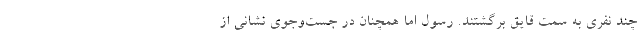
چند نفری به سمت قایق برگشتند. رسول اما همچنان در جست‌وجوی نشانی از